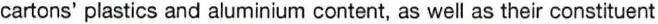
cartons' plastics and aluminium content, as well as their constituent